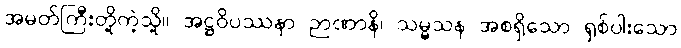
အမတ်ကြီးတို့ကဲ့သို့။ အဋ္ဌဝိပဿနာ ဉာဏာနိ၊ သမ္မသန အစရှိသော ရှစ်ပါးသော